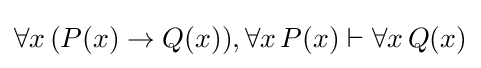
\forall x\,(P(x)\rightarrow Q(x)),\forall x\,P(x)\vdash \forall x\,Q(x)